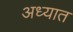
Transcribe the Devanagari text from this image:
अध्यात